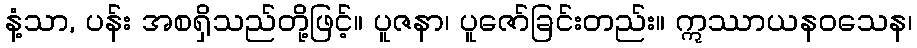
နံ့သာ, ပန်း အစရှိသည်တို့ဖြင့်။ ပူဇနာ၊ ပူဇော်ခြင်းတည်း။ ဣဿာယနဝသေန၊